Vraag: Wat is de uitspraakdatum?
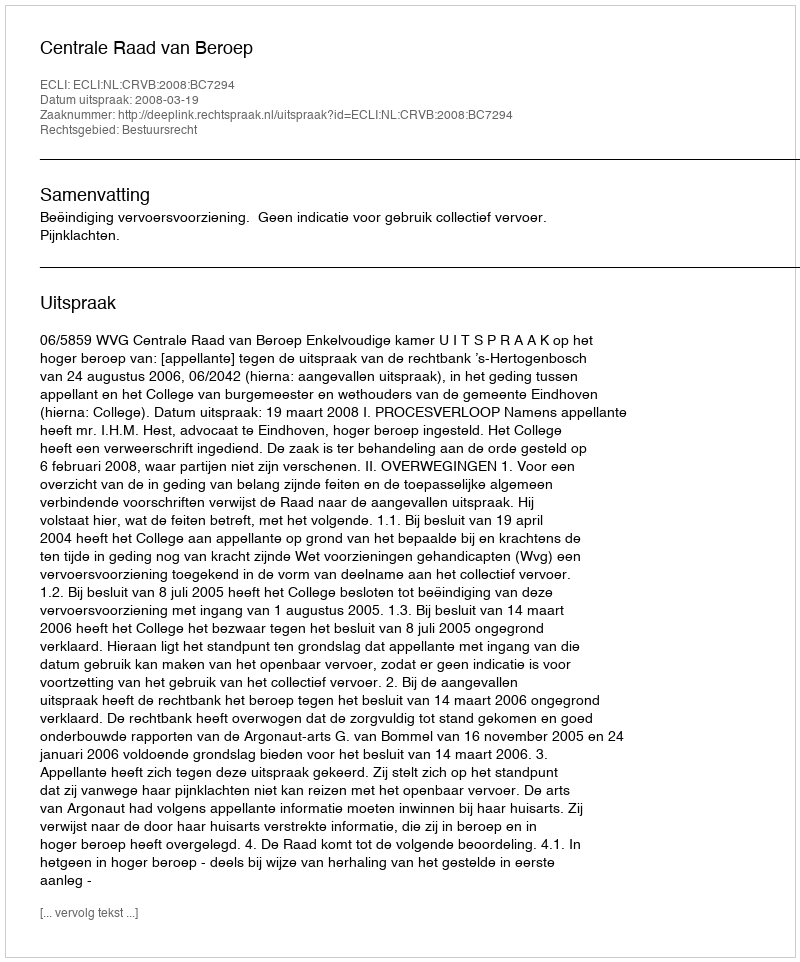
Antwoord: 2008-03-19